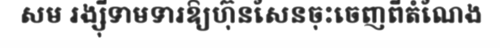
សម រង្ស៊ីទាមទារឱ្យហ៊ុនសែនចុះចេញពីតំណែង